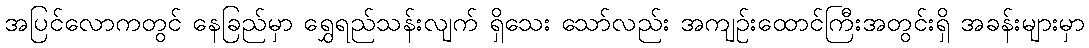
အပြင်လောကတွင် နေခြည်မှာ ရွှေရည်သန်းလျက် ရှိသေး သော်လည်း အကျဉ်းထောင်ကြီးအတွင်းရှိ အခန်းများမှာ